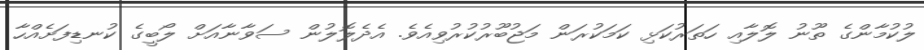
ލުކުމާންގެ ތޫނު ލޮލާއި ހަތަރުކަޅި ކަމަކުރަން މަޖުބޫރުކުރުވިއެވެ. އެދެލޮލުން ސަވާނާއަށް ލޯބީގެ ކުނޑިފަށެއްހާ